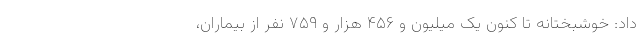
داد: خوشبختانه تا کنون یک میلیون و ۴۵۶ هزار و ۷۵۹ نفر از بیماران،